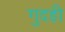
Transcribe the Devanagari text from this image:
गुदडी़